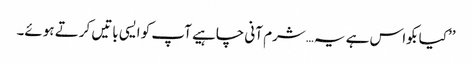
’’کیا بکواس ہے یہ…شرم آنی چاہیے آپ کو ایسی باتیں کرتے ہوئے۔